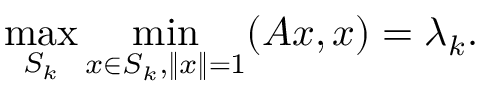
\operatorname* { m a x } _ { S _ { k } } \operatorname* { m i n } _ { x \in S _ { k } , \| x \| = 1 } ( A x , x ) = \lambda _ { k } .